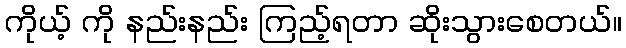
ကိုယ့် ကို နည်းနည်း ကြည့်ရတာ ဆိုးသွားစေတယ်။